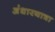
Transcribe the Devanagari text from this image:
अंधारयात्रा